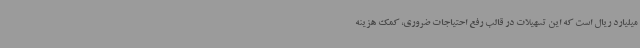
میلیارد ریال است که این تسهیلات در قالب رفع احتیاجات ضروری، کمک هزینه